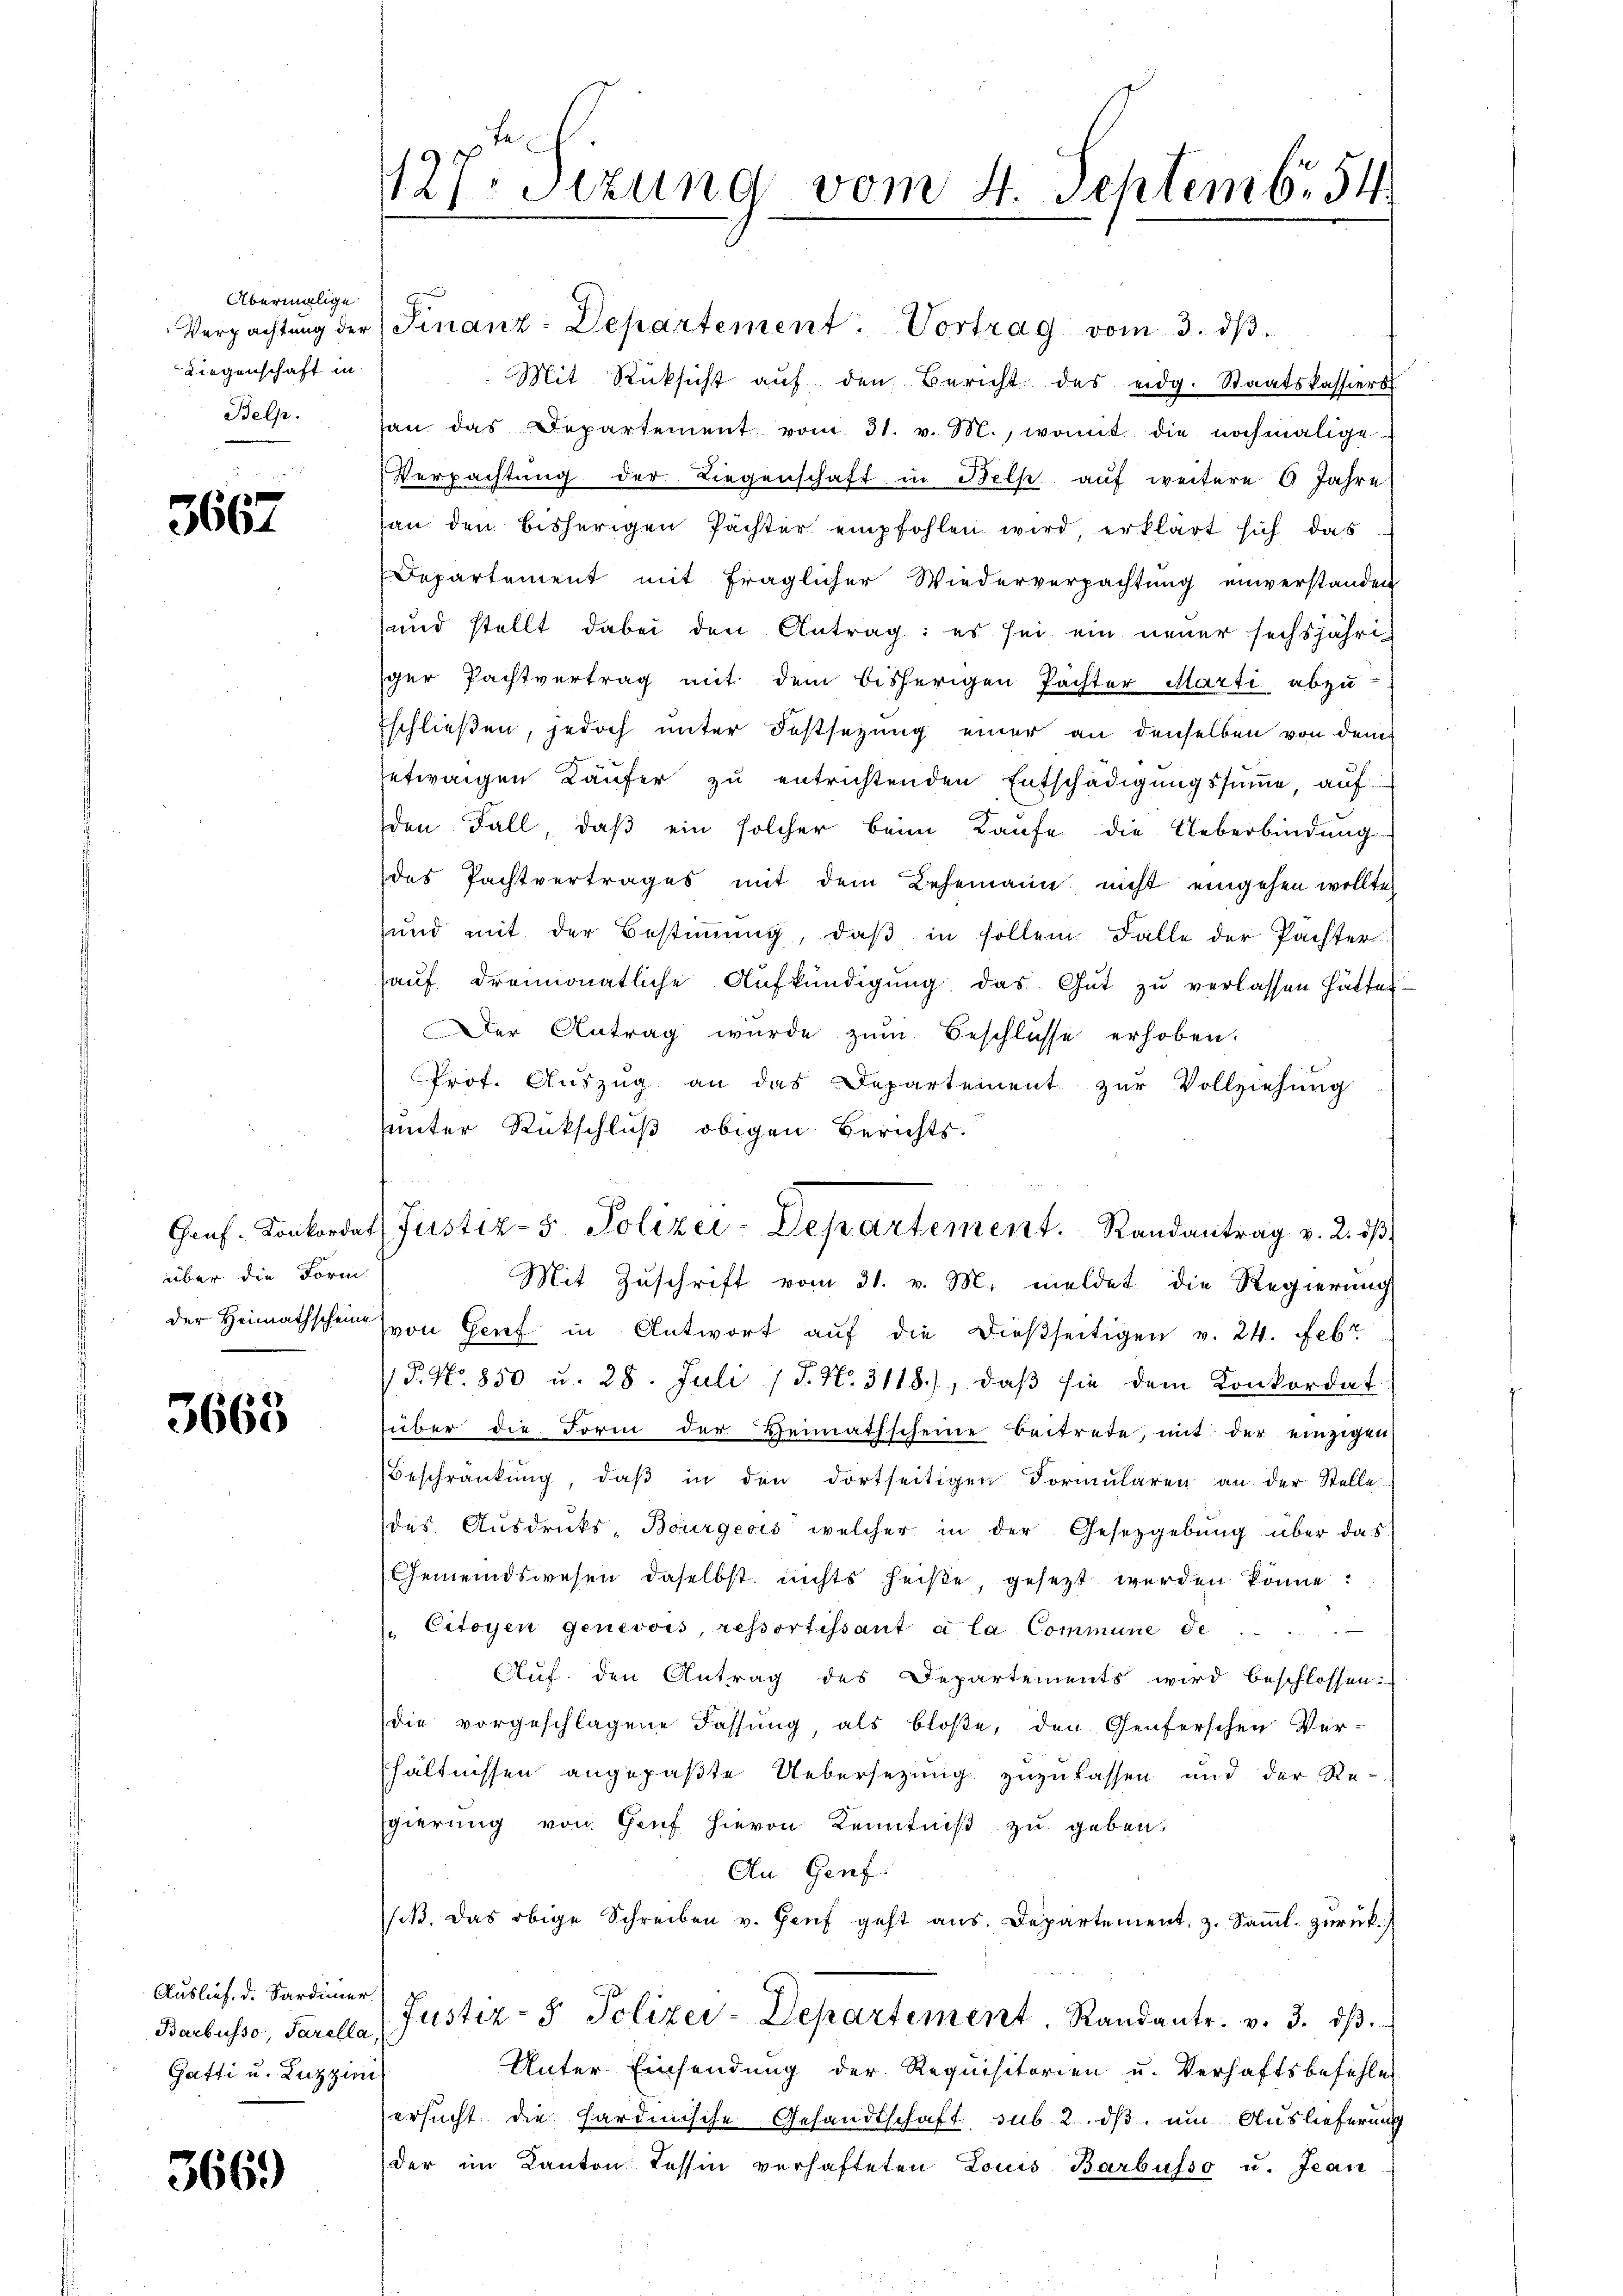
Übermalige
Liegenschaft in

3667

über die Form
der Heimathscheine

3663

Auslief. d. Sardinier
Gatti u. Luzzini

366)

127. Jezung vom 4. Septemb. 54

Verpachtŭng der Finanz-Departement: Vortrag vom 3. dβ.
Mit Rücksicht aŭf den Bericht des eidg. Staatskassiers
Belp. an das Departement vom 31. v. M., womit die nochmalige
Verpachtŭng der Liegenschaft in Bels aŭf weitere 6 Jahre
an den bisherigen Pächter empfohlen wird, erklärt sich das
Departement mit fraglicher Wiederverpachtung einverstanden
und stellt dabei den Antrag: es sei ein neuer sechsjährig
ger Pachtvertrag mit dem bisherigen Pachter Marti abzu-
Eschließen, jedoch unter Festsezung einer an denselben von dem
setwaigen Käufer zu entrichtenden Entschädigungssumme, auf
den Fall, daß ein solcher beim Kaufe die Ueberbindung
des Pachtvertrages mit dem Lehemann nicht eingehen wollte,
sund mit der Bestiṁŭng, daβ in sollen Falle der Pächter
auf dreimonatliche Aufkündigung das Gut zu verlassen hätte,
Der Antrag wurde zŭm Beschlüsse erhoben.
Prof. Aŭszŭg an das Departement zŭr Vollziehung
unter Rückschluß obigen Berichts.
Mit Zuschrift vom 31. v. M. meldet die Regierung
(von Genf in Antwort auf die dießseitigen v. 24. Febr
P. Nr. 850 u. 28. Juli 18. No. 3118), daβ sie dem Konkordat
über die Form der Heimathscheine beitrete, mit der einzigen
Beschränkung, daβ in den dortseitigen Formŭlaren an der Stelle
das. Ausdrucks-Bourgeois welcher in der Gesetzgebung über das
Gemeindswesen daselbst nichts heiße, gesezt werden könne:
Citoyen Genevois, ressortissant a la Commune de
.
Cluf. den Antrag des Departements wird beschlossen:
die vorgeschlagene Fassung, als bloße, den Genferschen Ver-
hältnissen angepaßte Uebersetzung zuzulassen und der Re-
Egierung von Gruf hievon Kenntniß zu geben.
An Genf.
iß. Das obige Schreiben v. Genf geht aus. Departement, z. Samml. zurück
Barbusse, Farella Justiz- & Polizei-Departement. Randantr. v. 3. dβ.
Unter Einsendung der Requisitorien u. Verhaftsbefehle
ersucht die hardinische Gesandtschaft, sub 2. dβ, um Auslieferung
der im Kanton Tessin verhafteten Louis Barbüsso u. Jean

Gruf. Konkordats Justiz- & Polizei-Departement. Randantrag v. 2. dβ